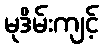
မုဒိမ်းကျင့်